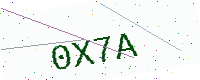
Text: 0X7A